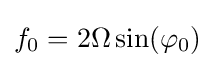
f_{0}=2\Omega \sin(\varphi _{0})